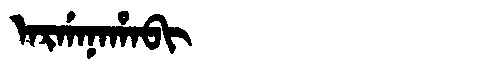
Manchu: ᠠᡵᡤᠠᠨᠠᡥᠠᠪᡳ
Romanization: ARGANAHABI